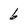
Character: 6